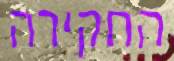
החקירה